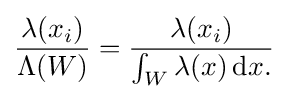
{\frac {\lambda (x_{i})}{\Lambda (W)}}={\frac {\lambda (x_{i})}{\int _{W}\lambda (x)\,\mathrm {d} x.}}